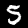
Label: 5